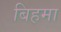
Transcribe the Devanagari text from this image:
बिहमा